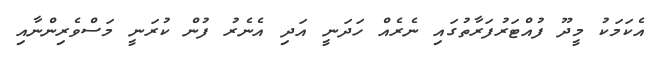
އެކަމަކު މީދޫ ފުއްޓަރުފަރާތުގައި ނެރެއް ހަދަނީ އަދި އެނެރު ފުން ކުރަނީ މަސްވެރިންނާއި